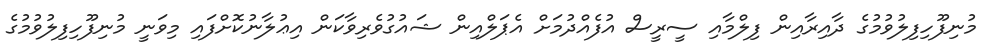
މުނިފޫހިފިލުވުމުގެ ދާއިރާއިން ފިލްމާއި ސީރީސް އުފެއްދުމަށް އެޕަލްއިން ޝައުގުވެރިވާކަން އިޢުލާނުކޮށްފައި މިވަނީ މުނިފޫހިފިލުވުމުގެ